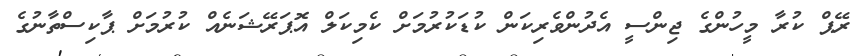
ރޭޕް ކުރާ މީހުންގެ ޖިންސީ އެދުންވެރިކަން ކުޑަކުރުމަށް ކެމިކަލް އޮޕަރޭޝަނެއް ކުރުމަށް ޕާކިސްތާނުގެ